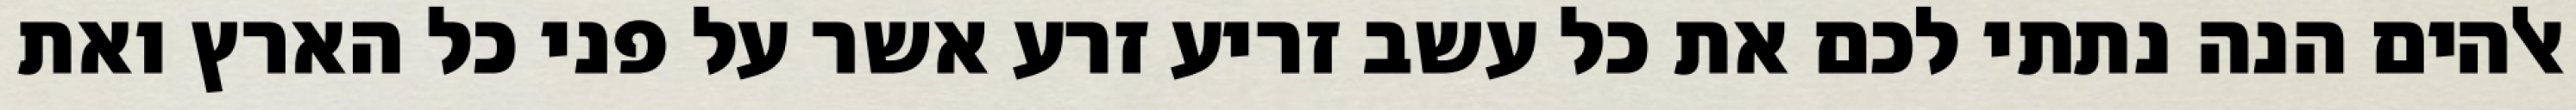
אלהים הנה נתתי לכם את כל עשב זריע זרע אשר על פני כל הארץ ואת